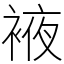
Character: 䘸